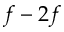
f - 2 f